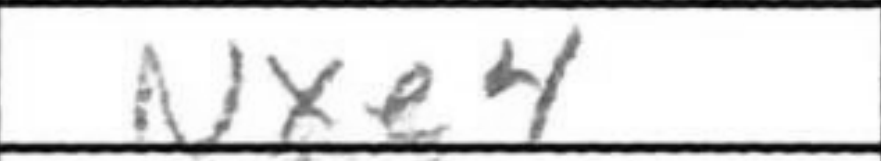
Transcription: Nxe4